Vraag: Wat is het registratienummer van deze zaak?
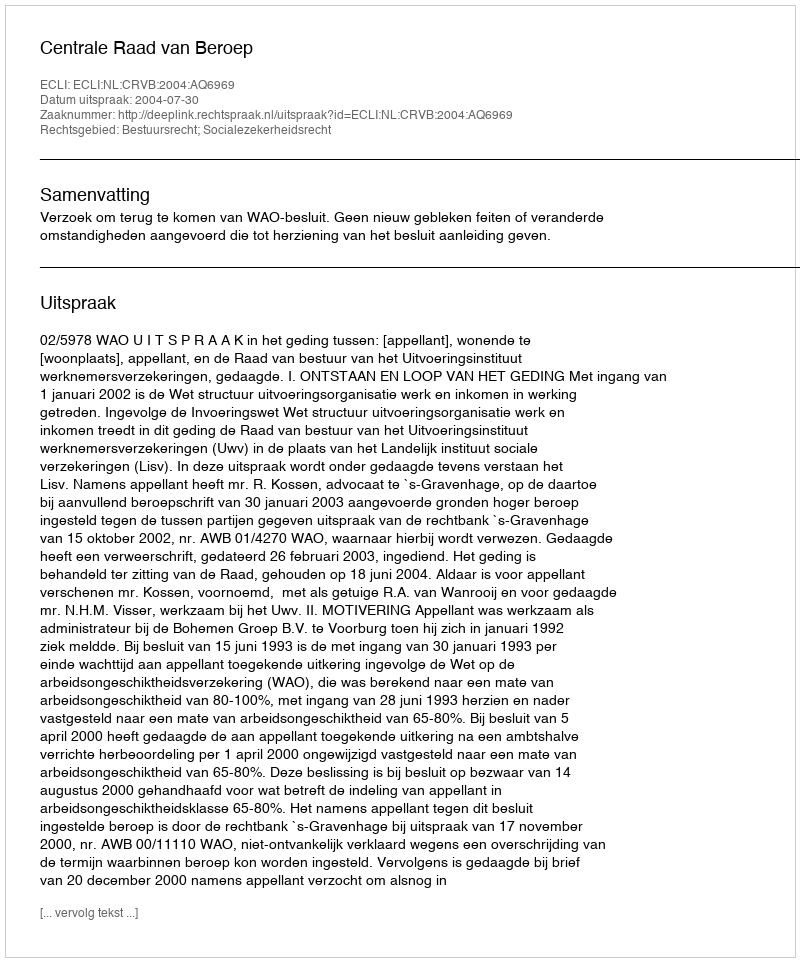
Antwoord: http://deeplink.rechtspraak.nl/uitspraak?id=ECLI:NL:CRVB:2004:AQ6969